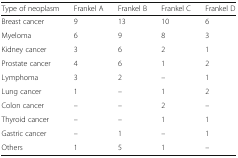
<table><thead><tr><td><b>Type of neoplasm</b></td><td><b>Frankel A</b></td><td><b>Frankel B</b></td><td><b>Frankel C</b></td><td><b>Frankel D</b></td></tr></thead><tbody><tr><td>Breast cancer</td><td>9</td><td>13</td><td>10</td><td>6</td></tr><tr><td>Myeloma</td><td>6</td><td>9</td><td>8</td><td>3</td></tr><tr><td>Kidney cancer</td><td>3</td><td>6</td><td>2</td><td>1</td></tr><tr><td>Prostate cancer</td><td>4</td><td>6</td><td>1</td><td>2</td></tr><tr><td>Lymphoma</td><td>3</td><td>2</td><td>–</td><td>1</td></tr><tr><td>Lung cancer</td><td>1</td><td>–</td><td>1</td><td>2</td></tr><tr><td>Colon cancer</td><td>–</td><td>–</td><td>2</td><td>–</td></tr><tr><td>Thyroid cancer</td><td>–</td><td>–</td><td>1</td><td>1</td></tr><tr><td>Gastric cancer</td><td>–</td><td>1</td><td>–</td><td>1</td></tr><tr><td>Others</td><td>1</td><td>5</td><td>1</td><td>–</td></tr></tbody></table>